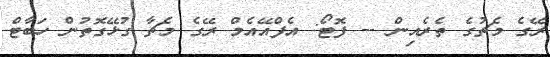
ރޭގެ މެޗުގެ ތެރެއިން -- ފޮޓޯ: އެފްއޭއެމް ރޭގެ މެޗާ ގުޅޭގޮތުން ހަބާޓް